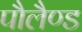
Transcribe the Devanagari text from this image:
पौलैण्ड